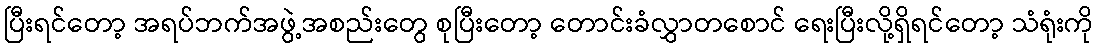
ပြီးရင်တော့ အရပ်ဘက်အဖွဲ့အစည်းတွေ စုပြီးတော့ တောင်းခံလွှာတစောင် ရေးပြီးလို့ရှိရင်တော့ သံရုံးကို